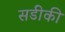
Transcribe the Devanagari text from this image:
सडीकी